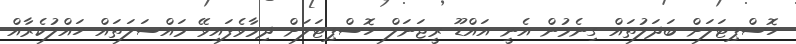
ހޮސްޕިޓަލަށް ބަދަލުތައް ގިނެމުން އެނީ އައްޑޫ ރީޖަނަލް ހޮސްޕިޓަލަށް ދިމާވެފައިވޭ މައްސަލަތައް ހައްލުކެރާއް